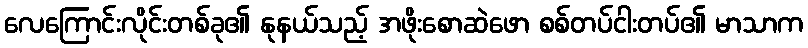
လေကြောင်းလိုင်းတစ်ခု၏ နုနယ်သည့် အဖိုးစောဆဲဖော စစ်တပ်ငါးတပ်၏ မာသာက